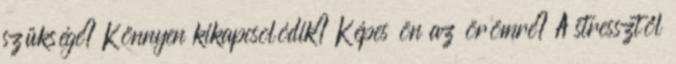
szüksége? Könnyen kikapcsolódik? Képes ön az örömre? A stressztől